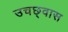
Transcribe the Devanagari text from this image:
उचछ्वास